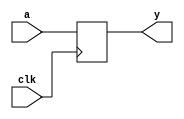
`timescale 1ns / 1ps
//////////////////////////////////////////////////////////////////////////////////
// Company: 
// Engineer: 
// 
// Design Name: Single Byte Memory (clock circuit)
// Module Name: smem
// Project Name: 
// Target Devices: 
// Tool Versions: 
// Description: 
// 
// Dependencies: 
// 
// Revision:
// Revision 0.01 - File Created
// Additional Comments:
// 
//////////////////////////////////////////////////////////////////////////////////


module smem(
    input clk,
    input [63:0] a,
    output reg [63:0] y
    );
    
    always @(posedge clk) begin 
        y <= a;
    end
    
endmodule